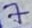
Text: 7